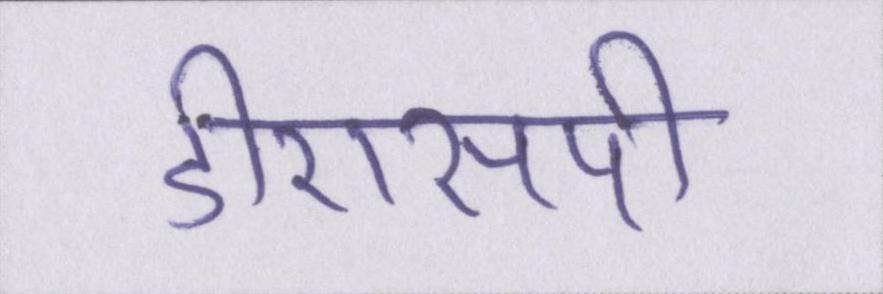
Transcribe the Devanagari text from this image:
डीएसपी